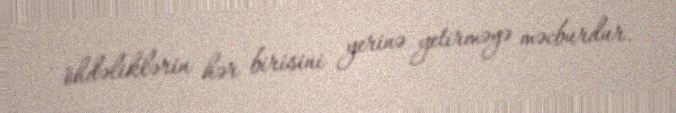
öhdəliklərin hər birisini yerinə yetirməyə məcburdur.